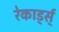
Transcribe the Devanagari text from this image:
रेकार्ड्स्